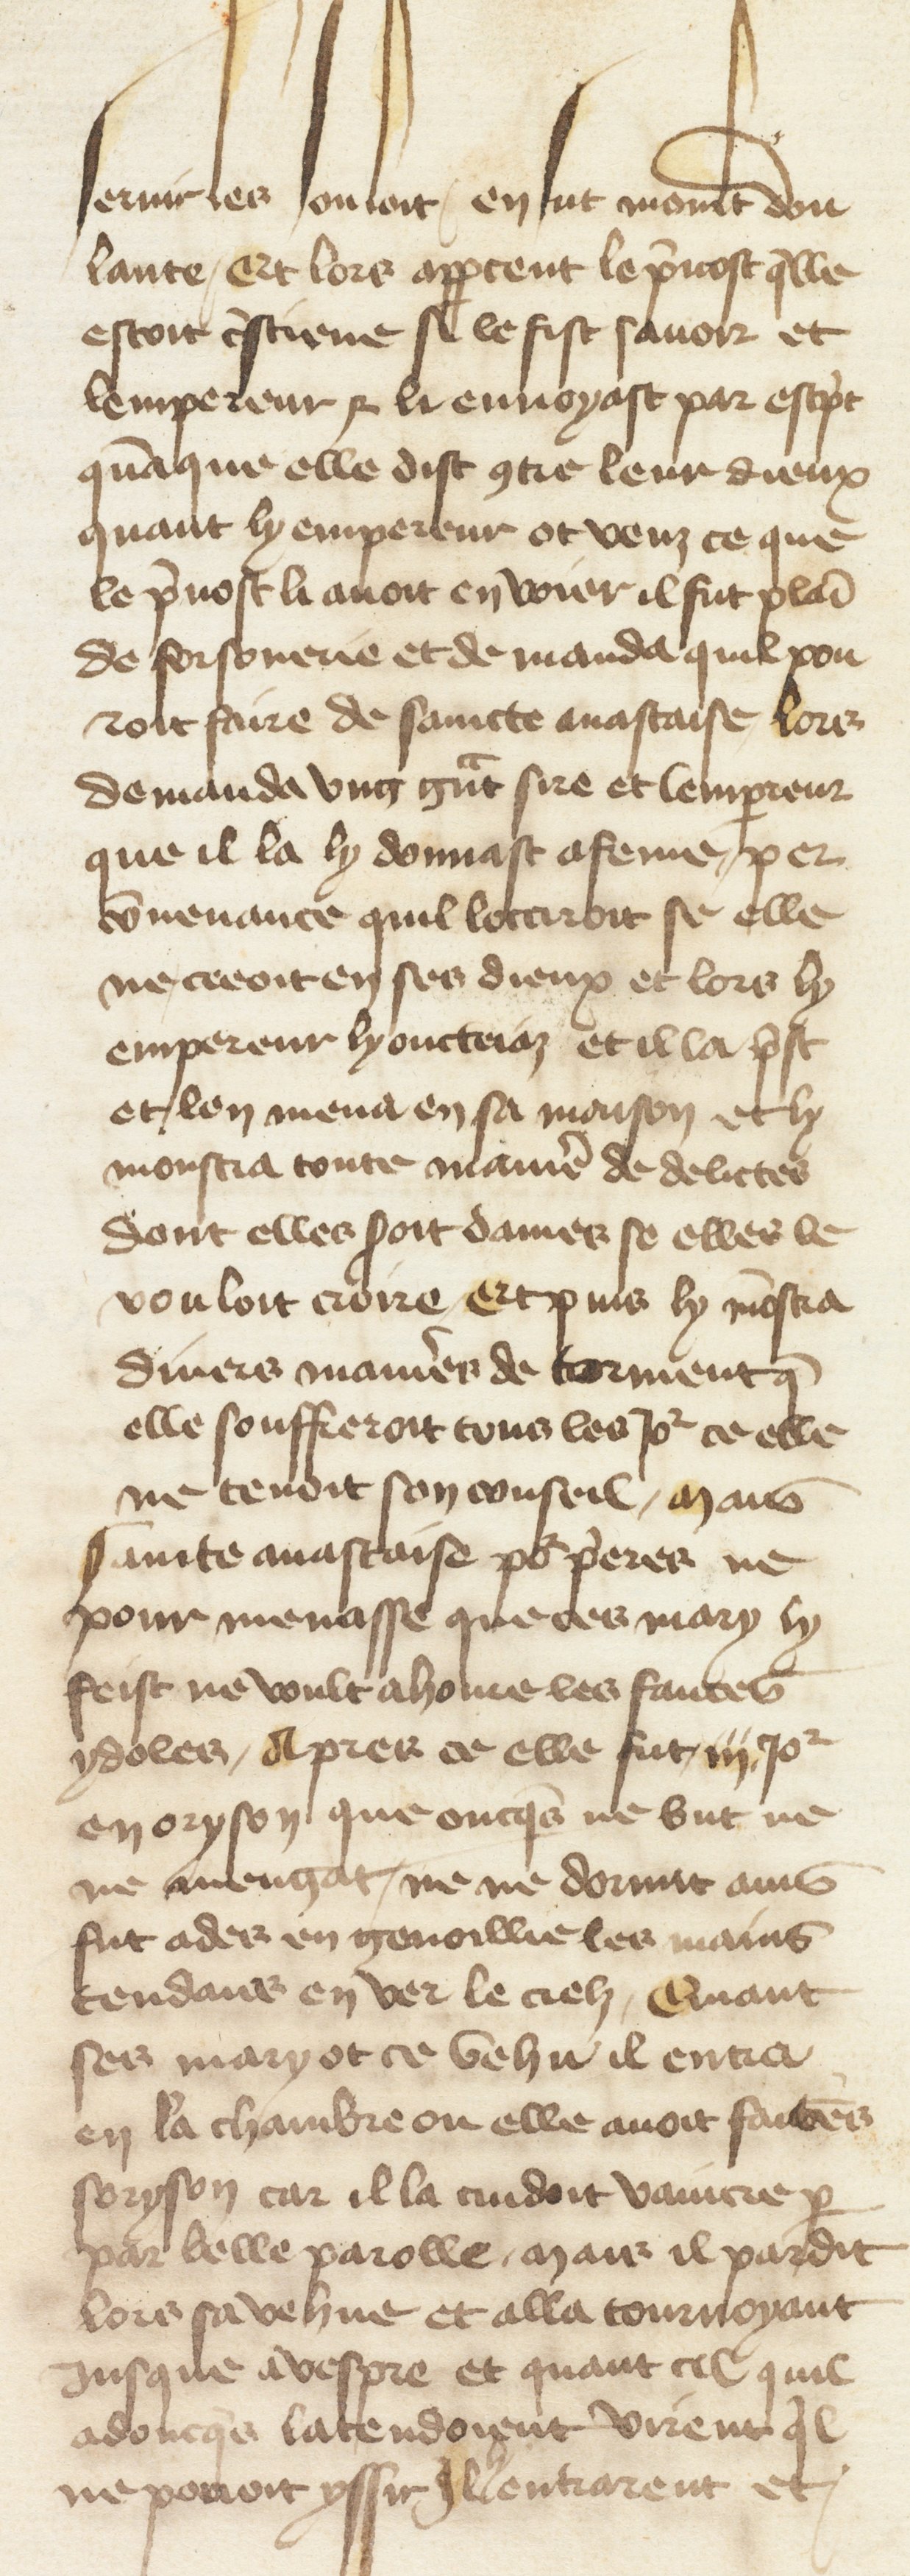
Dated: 1400–1499